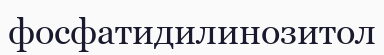
фосфатидилинозитол